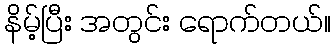
နိမ့်ပြီး အတွင်း ရောက်တယ်။